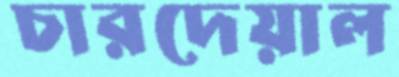
চারদেয়াল